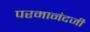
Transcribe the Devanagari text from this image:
परमानंदजी